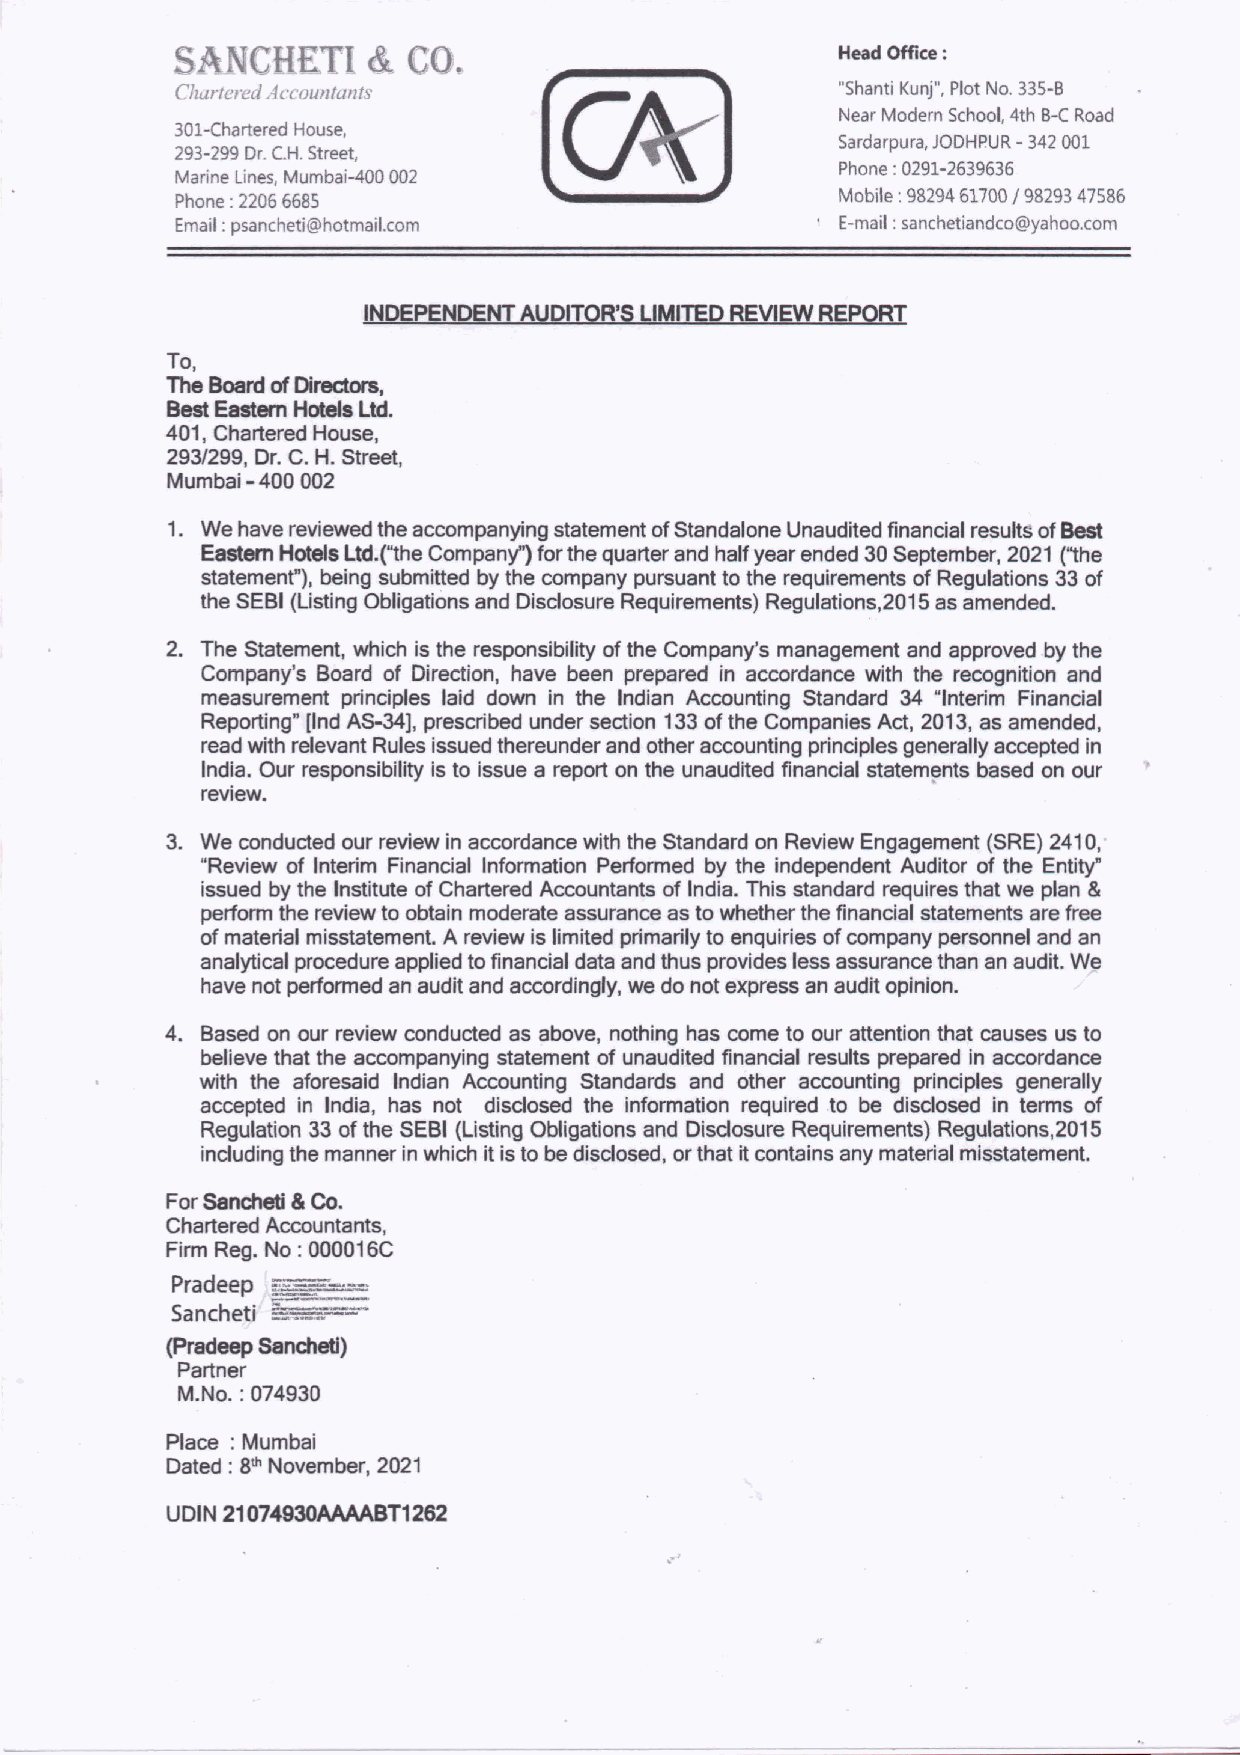
E  · & CO.                          Head Office :
 Churtered Accountants                       "Shanti Kunj", Plot No. 335-B
 Near Modern School, 4th B-C Road
 301-Chartered House,
 Sardarpura, JODHPUR-342 001
 293-299 Dr. C.H. Street,
 Phone: 0291-2639636
 Marine Lines, Mumbai-400 002
 Phone : 2206 6685                           Mobile: 98294 61700 J 98293 47586
 Email : psancheti@hotmail.com             · E-mail : sanchetiandco@yahoo.com
 INDEPENDENT AUDITOR'S LIMITED REVIEW REPORT
 To,
 The Board of Directors,
 Best Eastern Hotels Ltd.
 401, Chartered House,
 293/299, Dr. C. H. Street,
 Mumbai -400 002
 1. We have reviewed the accompanying statement of Standalone Unaudited financial results of Best
 Eastern Hotels Ltd.("the Company'') for the quarter and half year ended 30 September, 2021 ("the
 statement"), being submitted by the company pursuant to the requirements of Regulations 33 of
 the SEBI (Listing Obligations and Disclosure Requirements) Regulations,2015 as amended.
 2. The Statement, which is the responsibility of the Company's management and approved by the
 Company's Board of Direction, have been prepared in accordance with the recognition and
 measurement principles laid down in the Indian Accounting Standard 34 "Interim Financial
 Reporting" [lnd AS-34], prescribed under section 133 of the Companies Act, 2013, as amended,
 read with relevant Rules issued thereunder and other accounting principles generally accepted in
 India. Our responsibility is to issue a report on the unaudited financial statements based on our
 review.
 3. We conducted our review in accordance with the Standard on Review Engagement (SRE) 241 0,
 "Review of Interim Financial Information Performed by the independent Auditor of the Entity"
 issued by the Institute of Chartered Accountants of India. This standard requires that we plan &
 perform the review to obtain moderate assurance as to whether the financial statements are free
 of material misstatement. A review is limited primarily to enquiries of company personnel and an
 analytical procedure applied to financial data and thus provides less assurance than an audit. We
 have not performed an audit and accordingly, we do not express an audit opinion.
 4. Based on our review conducted as above, nothing has come to our attention that causes us to
 believe that the accompanying statement of unaudited financial results prepared in accordance
 with the aforesaid Indian Accounting Standards and other accounting principles generally
 accepted in India, has not disclosed the information required .to be disclosed in terms of
 Regulation 33 of the SEBI (Listing Obligations and Disclosure Requirements) Regulations,2015
 including the manner in which it is to be disclosed, or that it contains any material misstatement.
 For Sancheti & Co.
 Chartered Accountants,
 Firm Reg. No: 000016C
 Pradeep :::==--·-·
 =-:. __ :.-
 Sancheti
 (Pradeep Sancheti)
 Partner
 M.No.: 074930
 Place : Mumbai
 Dated: 8th November, 2021
 UDIN 21 074930AAAABT1262